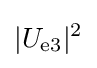
\vert U_{\text{e3}}\vert ^{2}